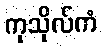
ကုသိုလ်ကံ